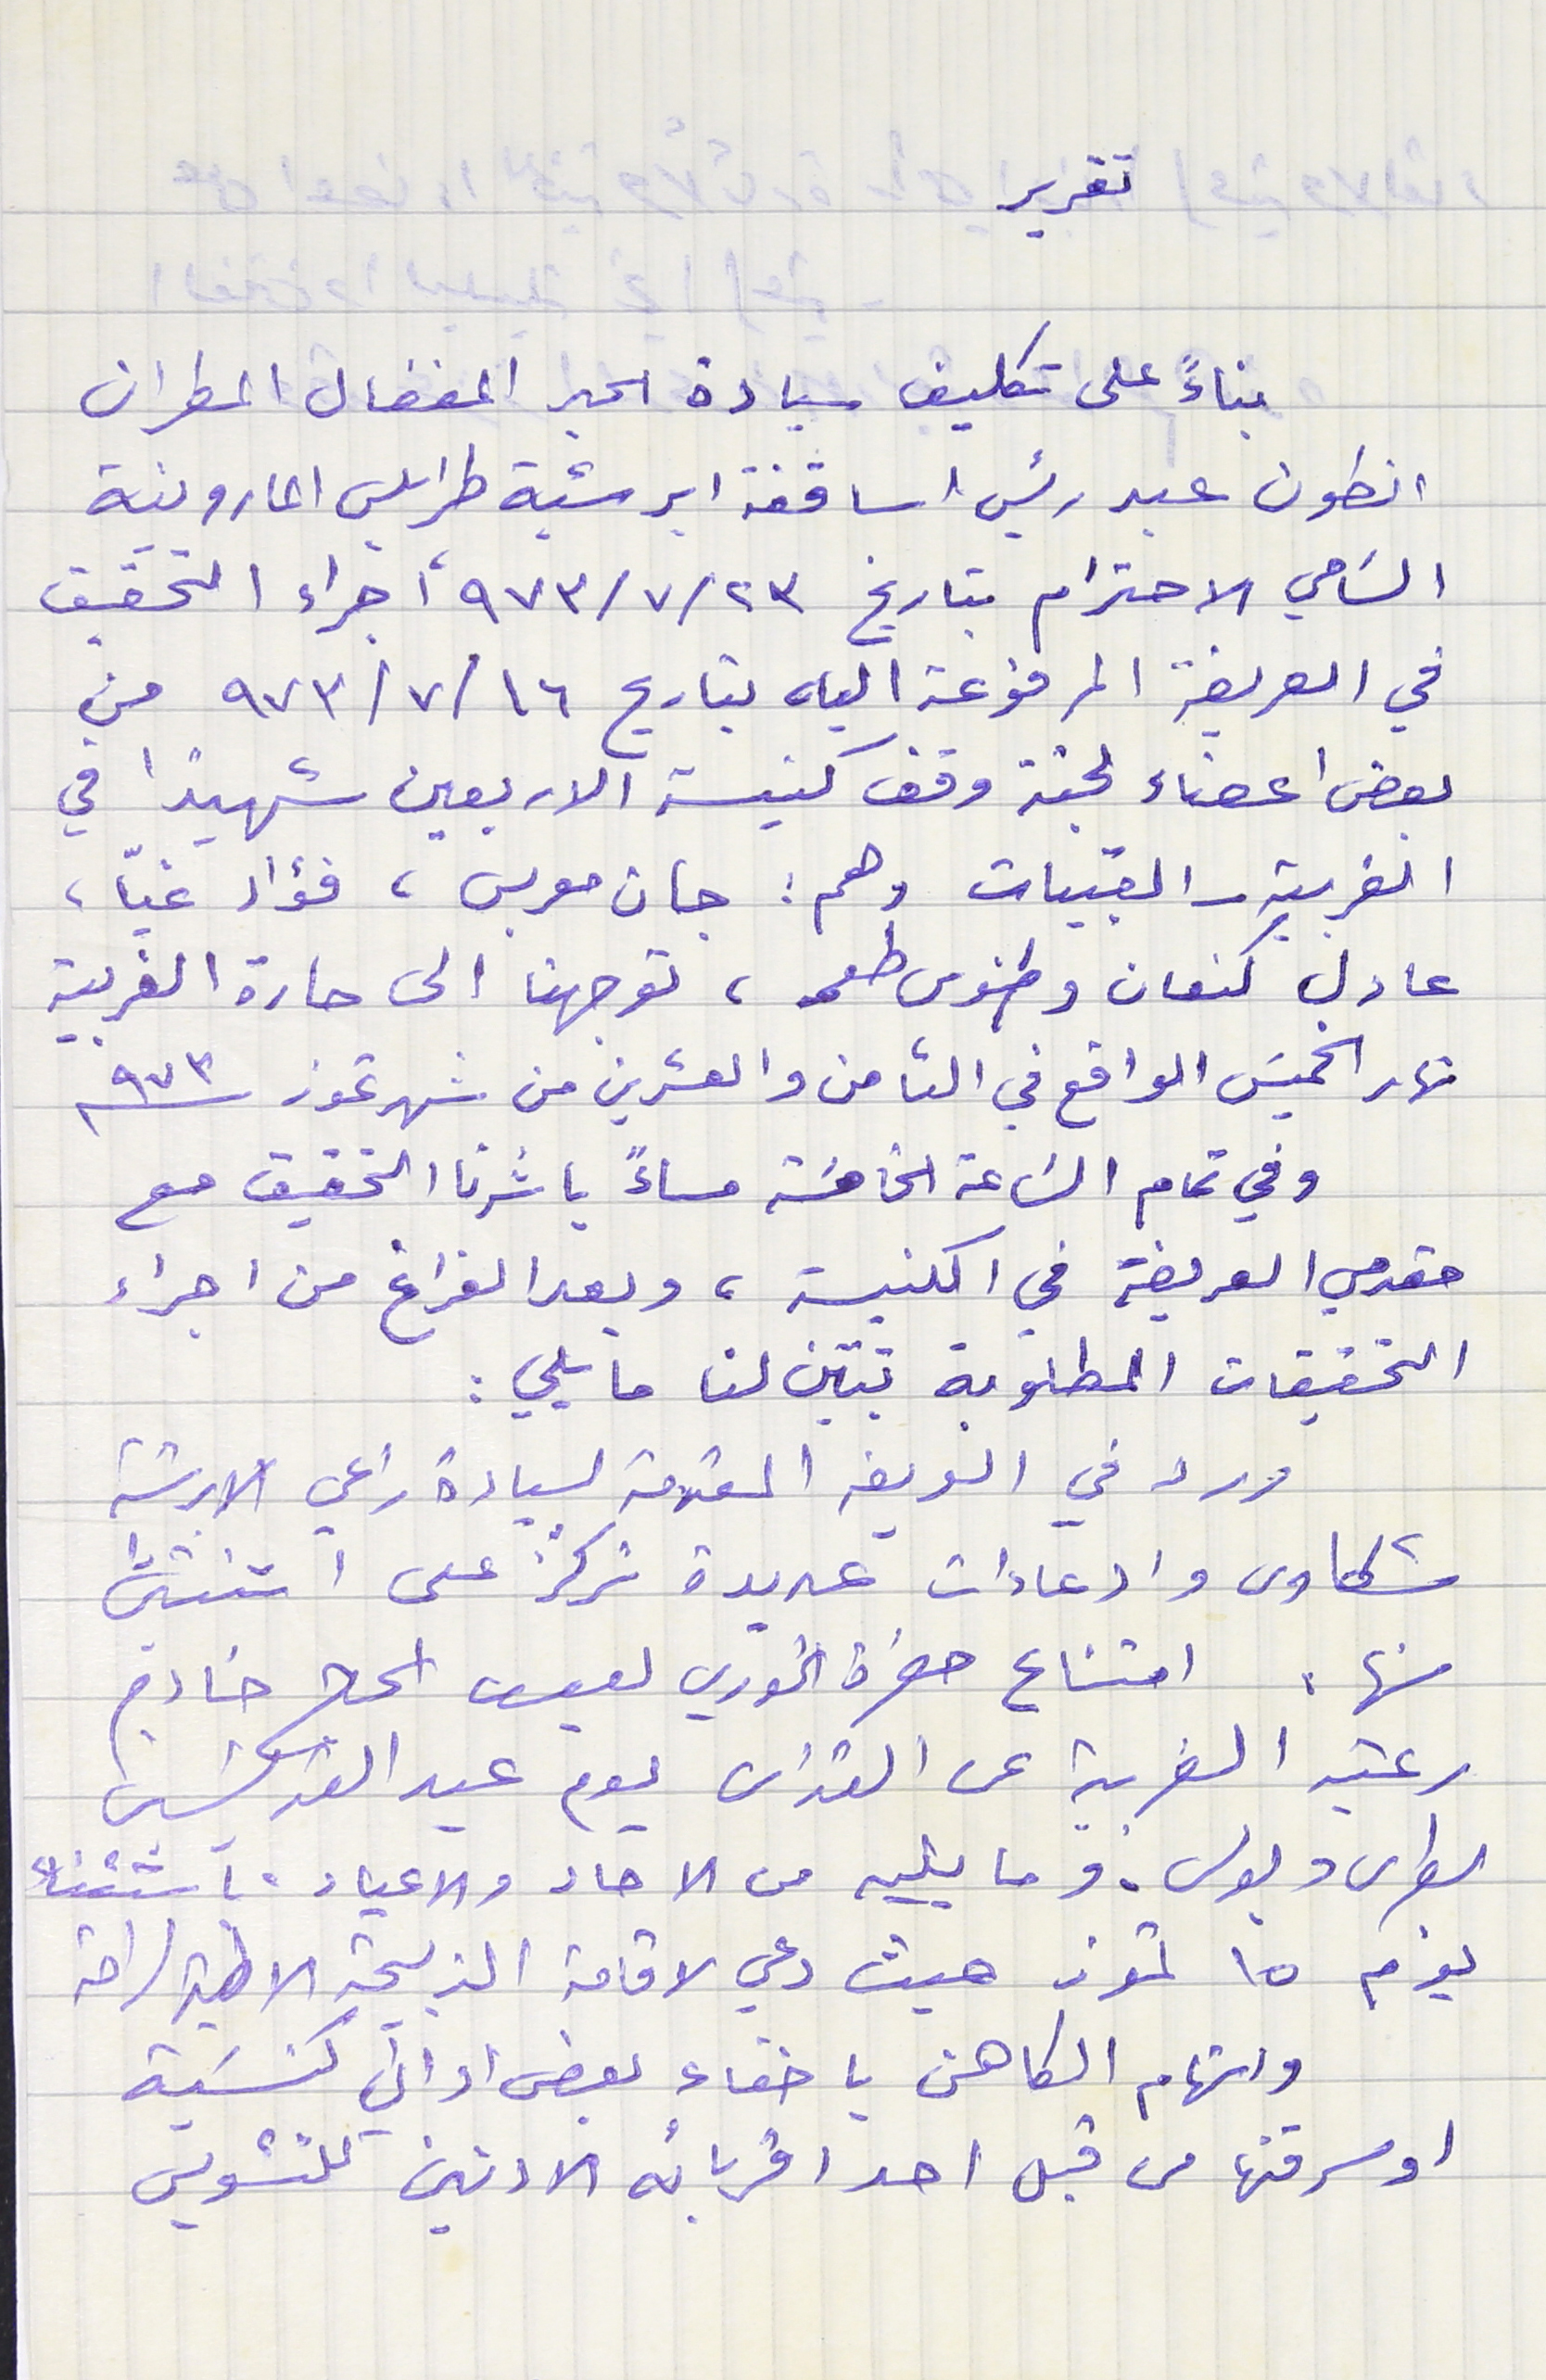
تقرير
بناءً على تكليف سيادة الحبر المفضال المطران
انطون عبد رئيس اساقفة ابرشية طرابلس المارونية
السَامي الاحترام بتاريخ ٩٧٣/٧/٢٣ أجراء التحقيق
في العريضة المرفوعة اليه بتاريح ٩٧٣/٧/١٦ من
بعض اعضاء لجنة وقف كنيسة الاربعين شهيدًا في
الغربية - القبيات وهم : جان معربس، فؤاد غيّا،
عادل كنعان وطنوس طعمه، توجهنا الى حارة الغربية
نهار الخميسَ الواقع في الثامن والعشرين من شهر تموز سنة ٩٧٣
وفي تمام السَاعة الخامسَة مساءً باشرنا التحقيق مع
مقدمي العريضة في الكنيسة، وبعد الفراغ من اجراء
التحقيقات المطلوبة تبيّن لنا ما يلي :
 ورد في العريضه المقدمة لسيادة راعي الابرشية
شكاوى وادعاءات عديدة تركّز على اثنتين
منها. امتناع حضرة الخوري يوسف الحاج خادم
رعية الغربية عن القداس يوم عيد القديسين
بطرس وبولس. وما يليه من الاحاد والاعياد. باستثناء
يوم ١٥ تموز حيث دعي لاقامة الذبيحة الالهية لراحة
واتهام الكاهن باخفاء بعض اواني كنسَية
او سرقتها من قبل احد اقربائه الادنين للتشويس